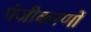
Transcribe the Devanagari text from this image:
पंजीकरणों